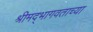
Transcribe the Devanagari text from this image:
श्रीमद्‍भागवताच्या